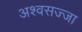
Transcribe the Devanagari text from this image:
अश्वसज्जा